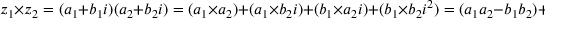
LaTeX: z _ { 1 } \times z _ { 2 } = ( a _ { 1 } + b _ { 1 } i ) ( a _ { 2 } + b _ { 2 } i ) = ( a _ { 1 } \times a _ { 2 } ) + ( a _ { 1 } \times b _ { 2 } i ) + ( b _ { 1 } \times a _ { 2 } i ) + ( b _ { 1 } \times b _ { 2 } i ^ { 2 } ) = ( a _ { 1 } a _ { 2 } - b _ { 1 } b _ { 2 } ) + ( a _ { 1 } b _ { 2 } + b _ { 1 } a _ { 2 } ) i .